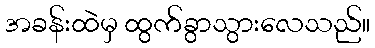
အခန်းထဲမှ ထွက်ခွာသွားလေသည်။